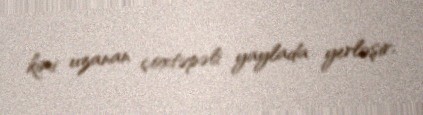
kimi uzanan çoxtəpəli yaylada yerləşir.